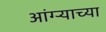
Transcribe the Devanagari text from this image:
आंग्र्‍याच्या